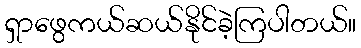
ရှာဖွေကယ်ဆယ်နိုင်ခဲ့ကြပါတယ်။